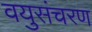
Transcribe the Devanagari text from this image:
वयुसंचरण